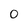
Character: O